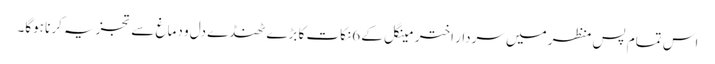
اس تمام پس منظر میں سردار اختر مینگل کے 6نکات کا بڑے ٹھنڈے دل و دماغ سے تجزیہ کرنا ہوگا۔